Papers set at the Examination for Leaving Certificates, 1891
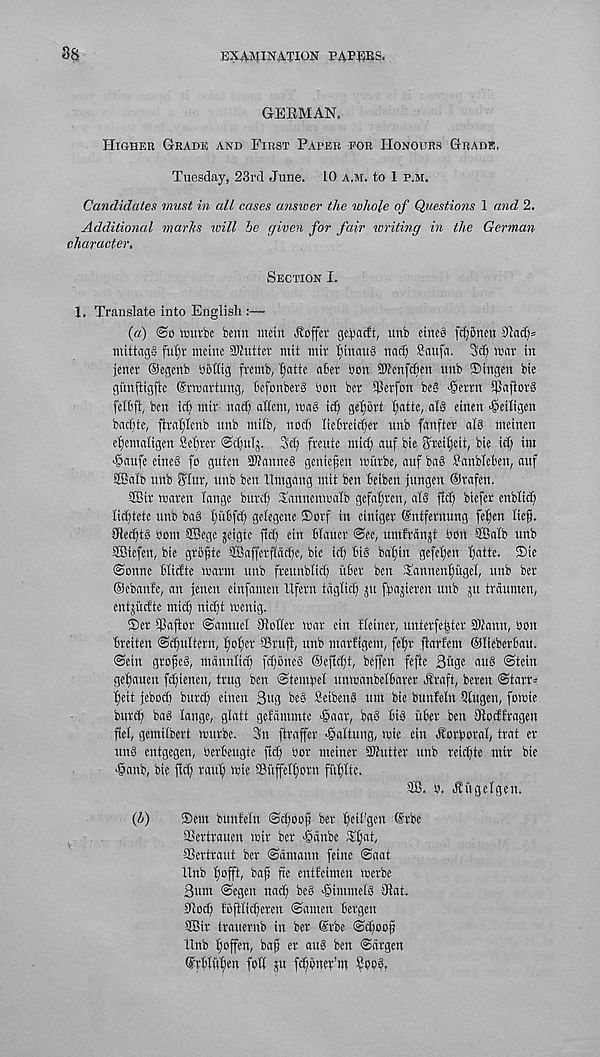
88
EXAMINATION PAYEES,
GERMAN.
Higher Grade and First Paper foe Honours Grade,
Tuesday, 23rd June. LO a.m. to I p.m.
Candidates must in all cases answer the whole of Questions 1 and 2.
Additional marks ivill be given for fair writing in the German
character.
Section I.
1. Translate into English :—
(a) 0o nnttbe bemt mein Coffer gelwtft, unb eine§ fcljonen 91ad)»
mittngS ful)r meine Shutter mit mir fnitauS nad) Saufa. 3d) mnv in
jener ©egenb Oohig frentb, Ijatte n6er bon SDfenfdien unb ®ingen bie
giinftigfte ©rmartung, hefonberS bon ber iPerfon be8 ^ettn iPaftoi'8
feI6ft, ben id) mir nad) adem, mag id) geljort fyatte, alg etnen >§eiligen
bad)te, ftraljlcnb unb milb, nod) liebreic^er unb fanfter alg meinen
e^emaligen Setter ©c^ulj. 3d) freute mid) auf bie Sreiljeit, bie id) im
■@aufe eineg fo guten STOauneg geniefen mitt'be, auf bag ^anbleben, auf
Sffialb unb ff'fur, unb ben ttmgang mit ben Bciben jungen ©tafen.
®ir waten Tange burd) Tanncnmalb gefafiten, atg fid) biefer enbTid)
Tidjtetc unb bag Tjiibfd) gelegene ©ovf in ciniger ©ntfernung feijen lief.
Jledjtg bom SBege jeigtc ftd) cin Hauer @ee ( umfrdnjt bon SBalb unb
SBicfen, bie grbftc ©affevffiid;e, bie idj big bafin gefeTjen ijatte. ®ie
@onne Hidte marm unb freunblidj ixber ben Tannenfitgel, unb ber
©ebanfe, an jenen einfamen Ufern tdglid) ju fbajieren unb 511 trdumen,
entjiicfte mief nidjt menig.
®er Ipaftor @amuel JioMer mar ein fteiner, unterfe|tev Sh'ann, bon
Heiten 0djultern, TioTjer SSruft, unb marfigem, feT)r ftartem ©IteberBau.
0ein grofeg, mdnnlidj fd)oneg ©efidjt, beffen feftc 3uge aug 0tein
gefaueu fdjienen, trug ben ©tembel unmanbelfiater Hraft, beren 0tarr-
fjeit jebod) burd) einen 3itg Hg Seibeng um bie bunfeln Qlugen, fomie
burd) bag Tange, glatt gefdmmte >§aar, bag Big itBet ben Stocffragen
fel, gemilbert rnutbe. 3n ftrafer >§altung, mie ein ^orforaT, trat ev
ung entgegen, berBeugte ftd) bor meiner Gutter unb reid)te mir bie
<@anb, bie fid) raid; mie SBufelfjotn fitflte.
SB. b. HitgeTgen.
{h)
Sent bunteln ©cfoof ber Beii'gen @rbe
SBertrauen mir ber -gdnbe TTjat,
SSertraut ber ©dmann feine @aat
llnb fjofft, baf fie entfeimen merbe
3um @egen nadj beg foimmelg Jiat.
DTocf fofKicferen ©amen Bergen
Iffiir trauernb in ber ©rbe ©cfoof
XInb Tjoffen, baf er aug ben ©argen
©rBTittfen fod ju fdjoner’m Boo?.